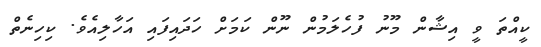
ކީއްތަ ވީ އިޝާން މޫނު ފުހެލަމުން ނޫން ކަމަށް ހަދައިފައި އަހާލިއެވެ. ކިހިނެތް